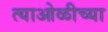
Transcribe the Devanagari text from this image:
त्याओळीच्या